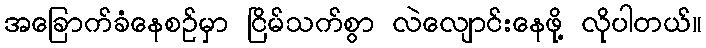
အခြောက်ခံနေစဉ်မှာ ငြိမ်သက်စွာ လဲလျောင်းနေဖို့ လိုပါတယ်။